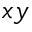
x y